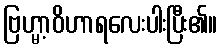
ဗြဟ္မာ့ဝိဟာရလေးပါးပြီး၏။